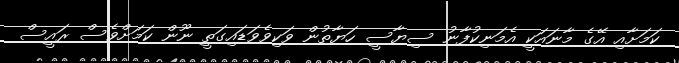
ކަމަށާއި އޭގެ މާނައަކީ އެމަނިކުފާނު ސިޔާސީ ހަޔާތުން ވަކިވެވަޑައިގަތީ ނޫން ކަމަށްވެސް ރައީސް